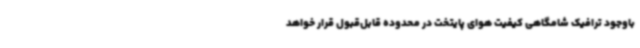
باوجود ترافیک شامگاهی کیفیت هوای پایتخت در محدوده قابل‌قبول قرار خواهد